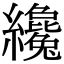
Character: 纔